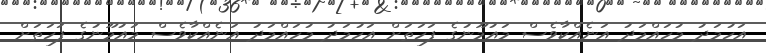
އަހުމަދު މުހައްމަދު އަނެއްކާވެސް މައުމޫނުގެ ފަހަތަށް އަހުމަދު މުހައްމަދު އަނެއްކާވެސް މައުމޫނުގެ ފަހަތަށް